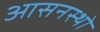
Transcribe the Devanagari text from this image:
आसनस्थो